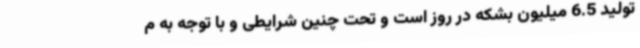
تولید 6.5 میلیون بشکه در روز است و تحت چنین شرایطی و با توجه به م